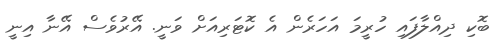
ބޮކި ދިއްލާފައި ހުރީމަ އަހަރެން އެ ކޮޓަރިއަށް ވަނީ. އޭރުވެސް އޭނާ އިނީ